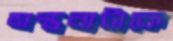
মন্তব্যটাকে